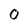
Character: 0